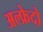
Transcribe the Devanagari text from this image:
अल्फ्रेदो